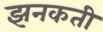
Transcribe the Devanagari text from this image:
झनकती